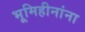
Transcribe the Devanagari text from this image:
भूमिहीनांना